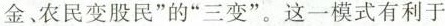
金农民变股民”的”三变”。这一模式有利于